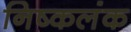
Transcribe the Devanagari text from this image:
निष्‍कलंक